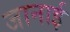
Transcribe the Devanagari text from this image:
जानाई